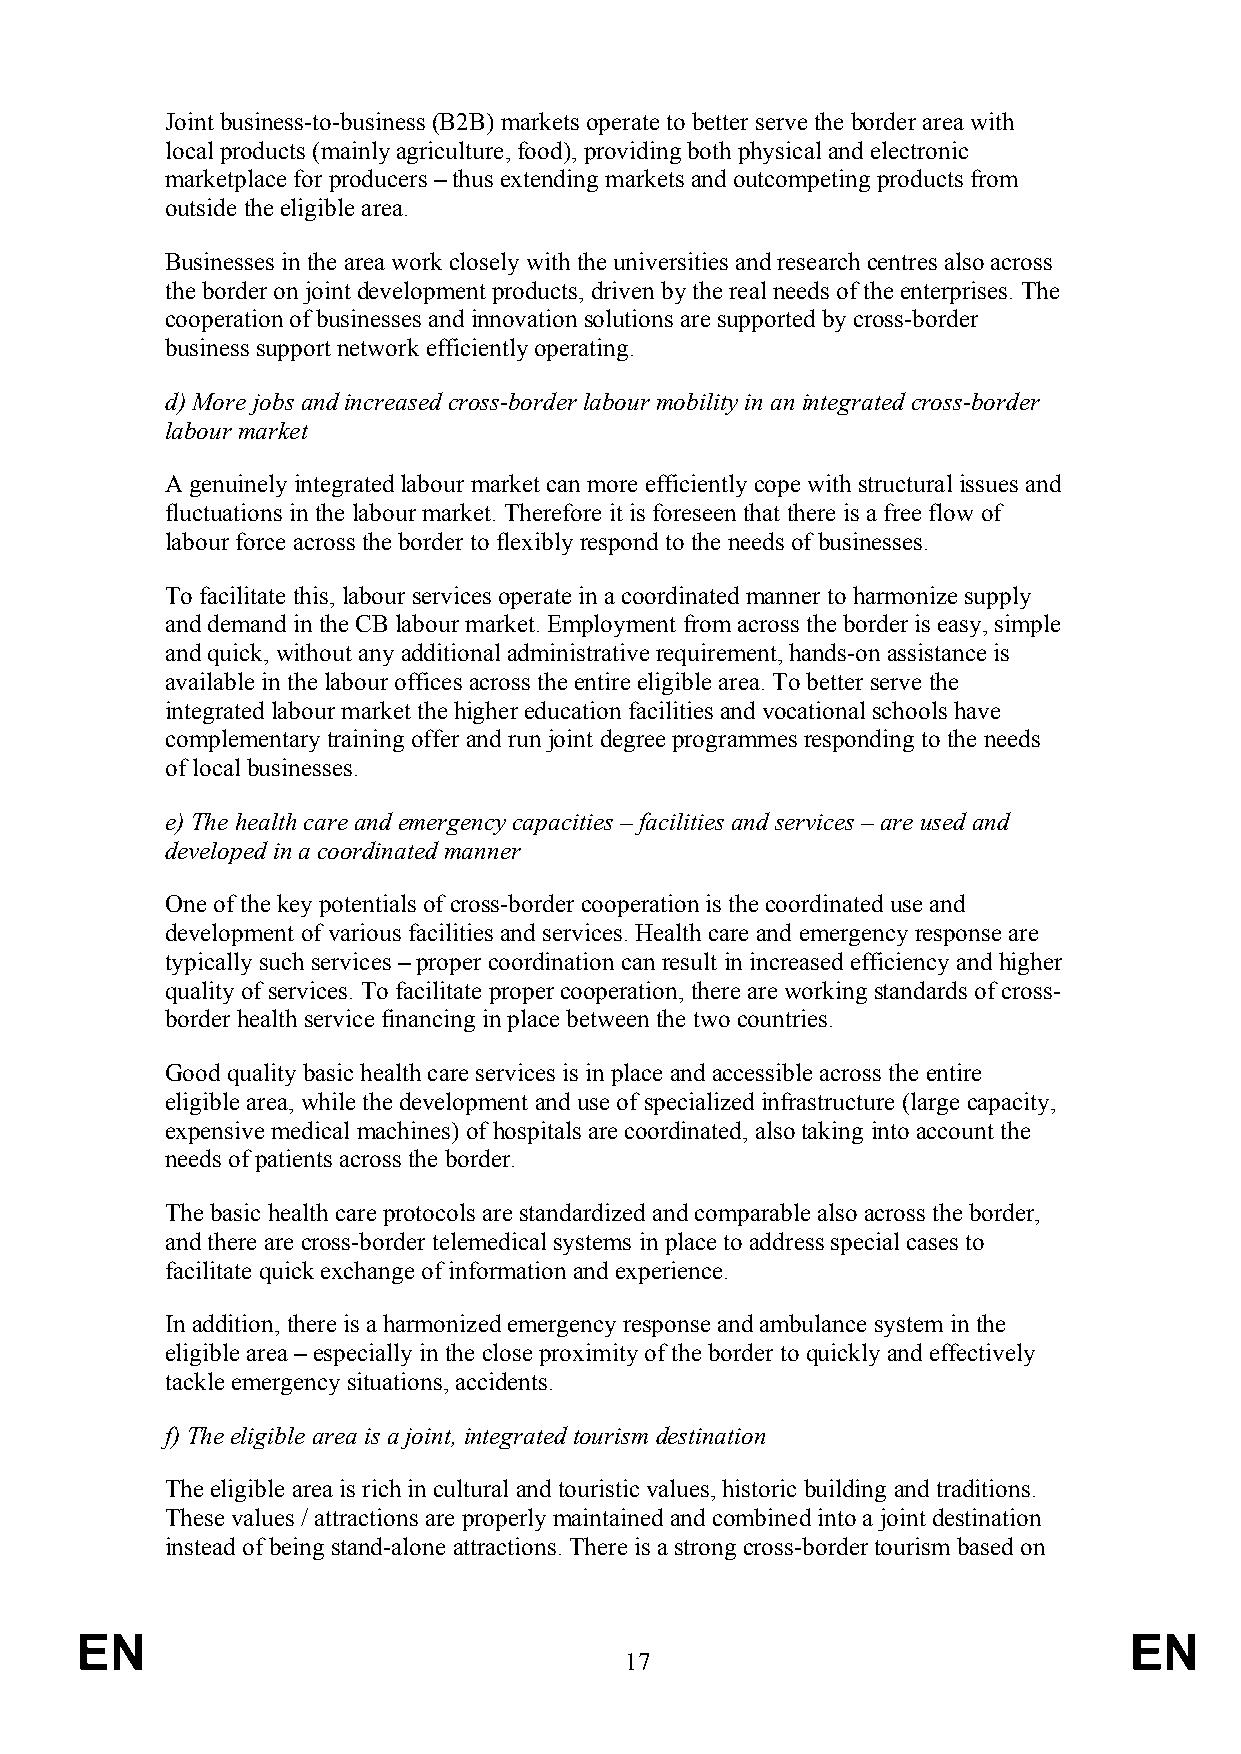
Joint business-to-business (B2B) markets operate to better serve the border area with
 local products (mainly agriculture, food), providing both physical and electronic
 marketplace for producers – thus extending markets and outcompeting products from
 outside the eligible area.
 Businesses in the area work closely with the universities and research centres also across
 the border on joint development products, driven by the real needs of the enterprises. The
 cooperation of businesses and innovation solutions are supported by cross-border
 business support network efficiently operating.
 d) More jobs and increased cross-border labour mobility in an integrated cross-border
 labour market
 A genuinely integrated labour market can more efficiently cope with structural issues and
 fluctuations in the labour market. Therefore it is foreseen that there is a free flow of
 labour force across the border to flexibly respond to the needs of businesses.
 To facilitate this, labour services operate in a coordinated manner to harmonize supply
 and demand in the CB labour market. Employment from across the border is easy, simple
 and quick, without any additional administrative requirement, hands-on assistance is
 available in the labour offices across the entire eligible area. To better serve the
 integrated labour market the higher education facilities and vocational schools have
 complementary training offer and run joint degree programmes responding to the needs
 of local businesses.
 e) The health care and emergency capacities – facilities and services – are used and
 developed in a coordinated manner
 One of the key potentials of cross-border cooperation is the coordinated use and
 development of various facilities and services. Health care and emergency response are
 typically such services – proper coordination can result in increased efficiency and higher
 quality of services. To facilitate proper cooperation, there are working standards of cross-
 border health service financing in place between the two countries.
 Good quality basic health care services is in place and accessible across the entire
 eligible area, while the development and use of specialized infrastructure (large capacity,
 expensive medical machines) of hospitals are coordinated, also taking into account the
 needs of patients across the border.
 The basic health care protocols are standardized and comparable also across the border,
 and there are cross-border telemedical systems in place to address special cases to
 facilitate quick exchange of information and experience.
 In addition, there is a harmonized emergency response and ambulance system in the
 eligible area – especially in the close proximity of the border to quickly and effectively
 tackle emergency situations, accidents.
 f) The eligible area is a joint, integrated tourism destination
 The eligible area is rich in cultural and touristic values, historic building and traditions.
 These values / attractions are properly maintained and combined into a joint destination
 instead of being stand-alone attractions. There is a strong cross-border tourism based on
 EN                                                                    EN
 17